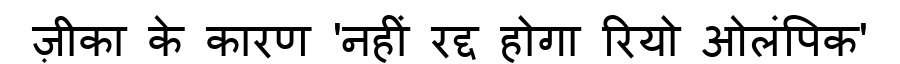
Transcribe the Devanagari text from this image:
ज़ीका के कारण 'नहीं रद्द होगा रियो ओलंपिक'